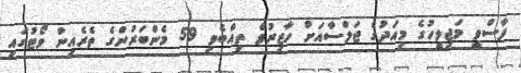
ފާސްވީ މަޖިލީހުގެ މިއަދުގެ ޖަލްސާއަށް ހާޒިރުވެ ތިއްބެވި 59 މެންބަރުންގެ ތެރެއިން ވޯޓުގައި